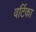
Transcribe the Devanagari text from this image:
वर्टिका